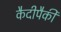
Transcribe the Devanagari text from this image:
कैदीपैकी